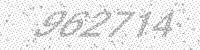
Solution: 962714